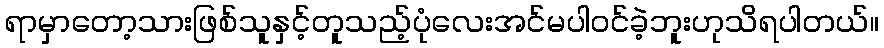
ရာမှာတော့သားဖြစ်သူနှင့်တူသည့်ပုံလေးအင်မပါဝင်ခဲ့ဘူးဟုသိရပါတယ်။